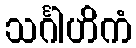
သင်္ဂါဟိကံ